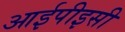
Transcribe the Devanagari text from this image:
आईपीइसी